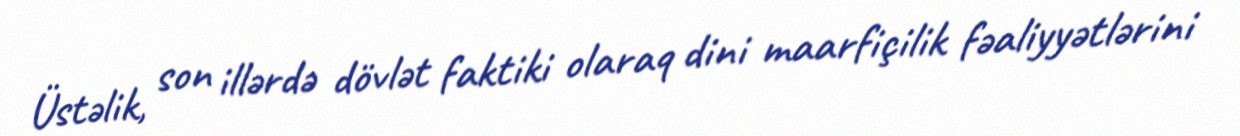
Üstəlik, son illərdə dövlət faktiki olaraq dini maarfiçilik fəaliyyətlərini